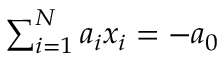
\textstyle \sum _ { i = 1 } ^ { N } a _ { i } x _ { i } = - a _ { 0 }